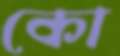
কো